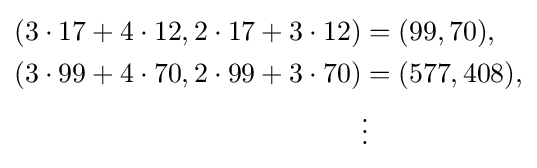
{\begin{aligned}(3\cdot 17+4\cdot 12,2\cdot 17+3\cdot 12)&=(99,70),\\(3\cdot 99+4\cdot 70,2\cdot 99+3\cdot 70)&=(577,408),\\&\vdots \end{aligned}}